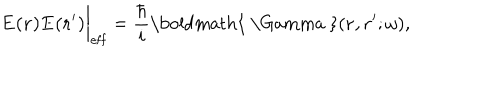
{ \bf E ( r ) E ( r ^ { \prime } ) } \bigg | _ { \mathrm { e f f } } = { \frac { \hbar } { i } } \mathrm { \boldmath { ~ \Gamma ~ } } ( { \bf r , r ^ { \prime } } ; \omega ) ,